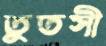
তুতসী